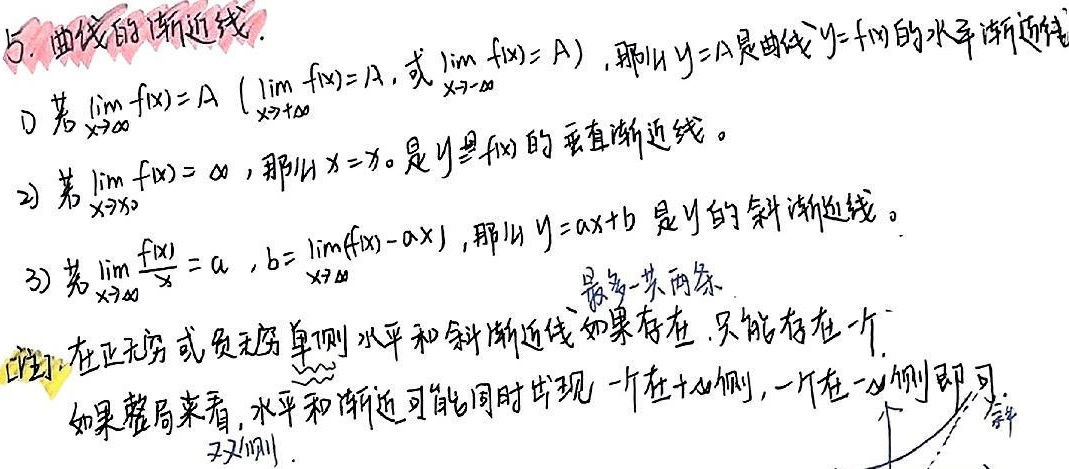
### 5. 曲线的渐近线
1) 若$\lim_{x \to \infty} f(x) = A$（$\lim_{x \to +\infty} f(x) = A$，或$\lim_{x \to -\infty} f(x) = A$），那么$y = A$是曲线$y = f(x)$的水平渐近线。
2) 若$\lim_{x \to x_0} f(x) = \infty$，那么$x = x_0$是$y = f(x)$的垂直渐近线。
3) 若$\lim_{x \to \infty} \frac{f(x)}{x} = a$，$b = \lim_{x \to \infty} (f(x) - ax)$，那么$y = ax + b$是$y = f(x)$的斜渐近线。

注：在正无穷或负无穷单侧，水平和斜渐近线如果存在，只能存在一个。如果从整体来看，水平和斜渐近可能同时出现，一个在$+\infty$侧，一个在$-\infty$侧即可。